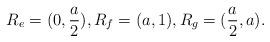
LaTeX: \begin{align*}R_{e}=(0,\frac{a}{2}),R_f=(a,1), R_g=(\frac{a}{2}, a).\end{align*}